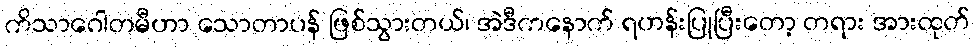
ကိသာဂေါတမီဟာ သောတာပန် ဖြစ်သွားတယ်၊ အဲဒီကနောက် ရဟန်းပြုပြီးတော့ တရား အားထုတ်